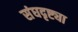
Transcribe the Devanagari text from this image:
संघदृष्ट्या